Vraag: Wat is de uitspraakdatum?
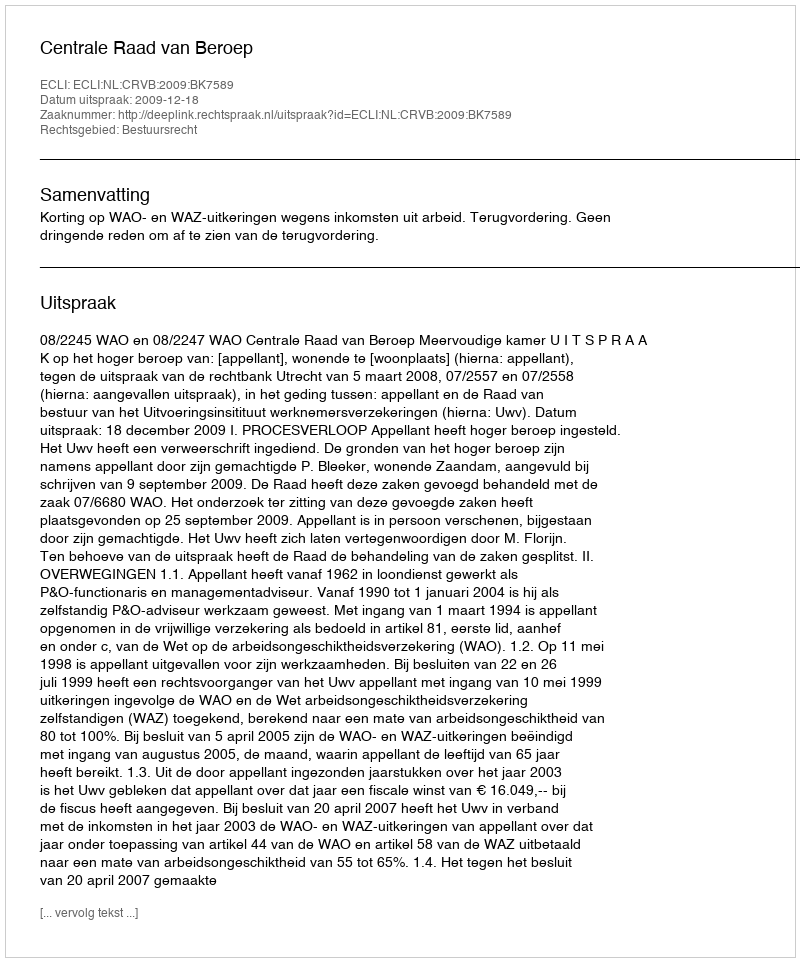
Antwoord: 2009-12-18